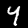
Digit: 4